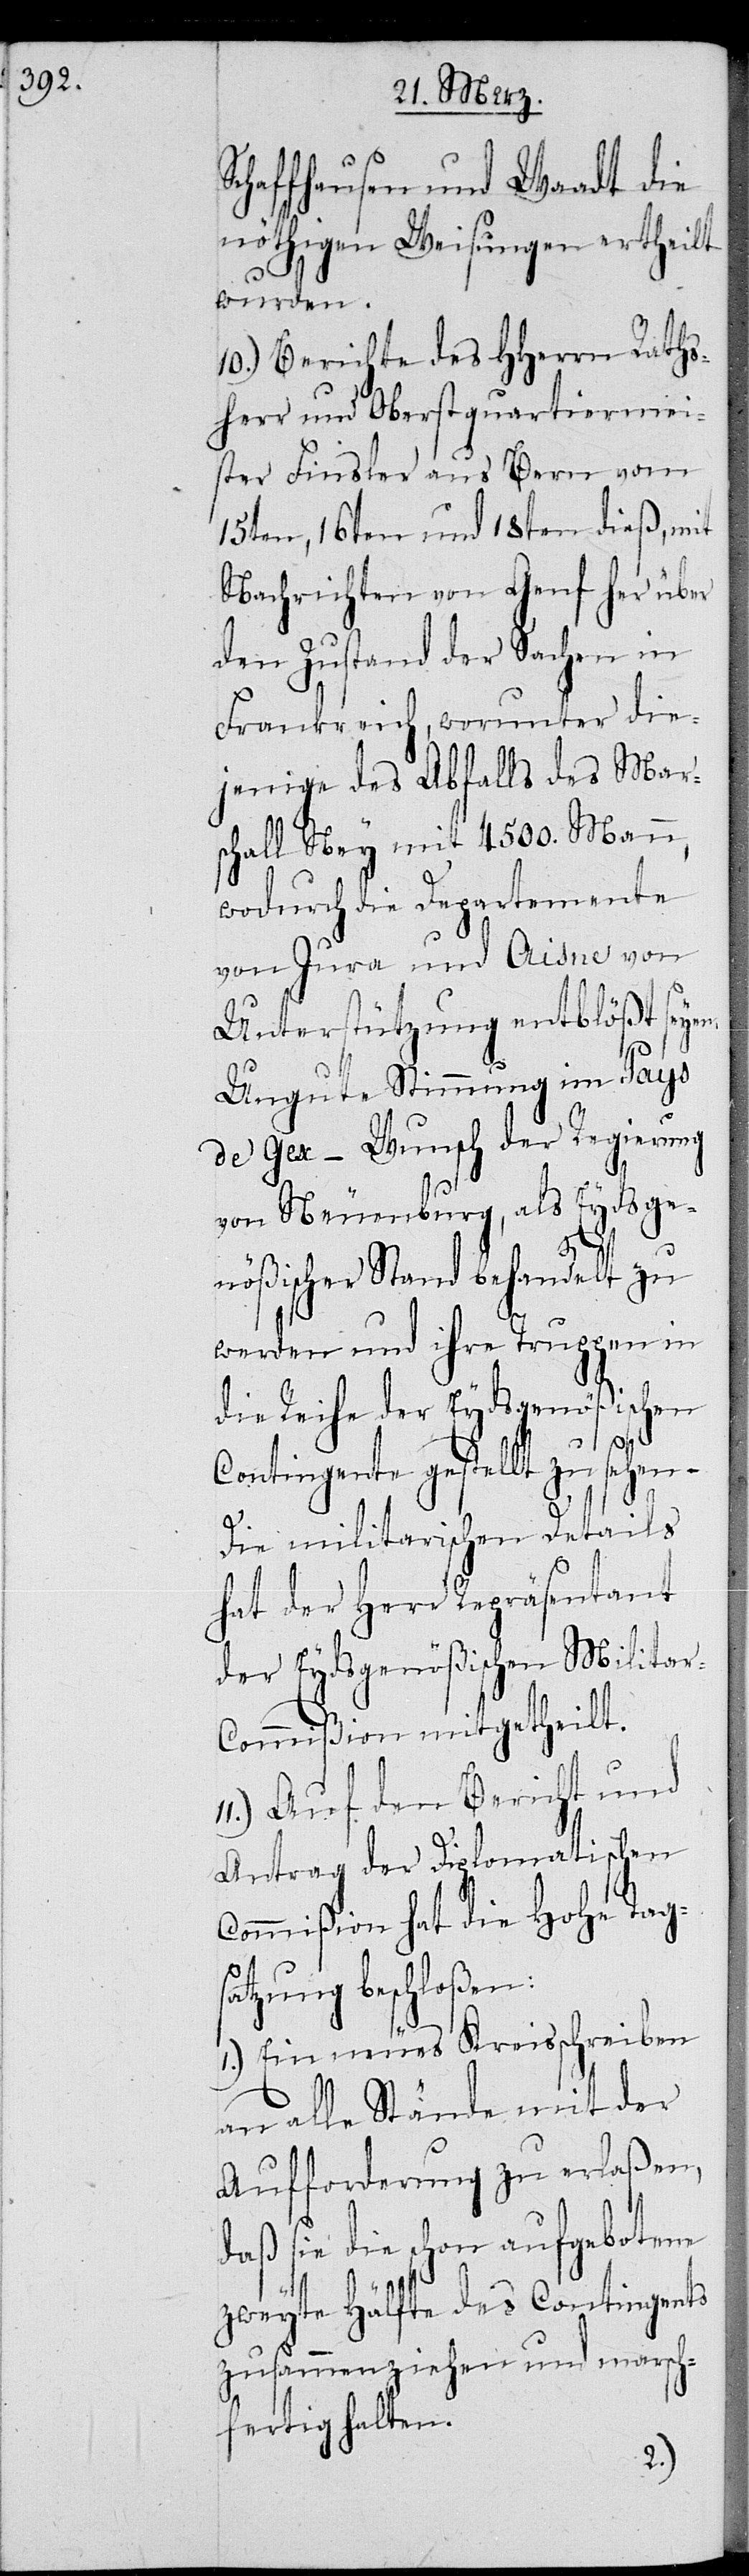
chaffhausen und Waadt die
nöthigen Weisungen ertheilt
wurden.
10.) Berichte des HHerrn Raths¬
herr und Oberstquartiermei¬
ster Finsler aus Bern vom
15ten, 16ten und 18ten dieß, mit
Nachrichten von Genf her über
den Zustand der Sachen in
Frankreich, worunter die¬
Mar¬
jenige des Abfal¬
schall Mey mit 4500.
wodurch die Depar¬
von
von Jura und
Unterstützung
Ungute Stimmung
de Gex – Wunsch
von Neuenb¬
nößischer Stand
werden und ih¬
die Reihe der
Contingente ge¬
Die militari¬
hat der Herr
der Eydsgn¬
gs¬
en:
Antrag der Di¬
Commißion hat die Ho¬
atzung beschloß¬
1.) Ein neues Kreisschreiben
an alle Stände mit der
Aufforderung zu erlaßen,
daß sie die schon aufgebotene
zweyte Hälfte des Contingents
zusammenziehen und marsch¬
fertig halten.

schen
–
den